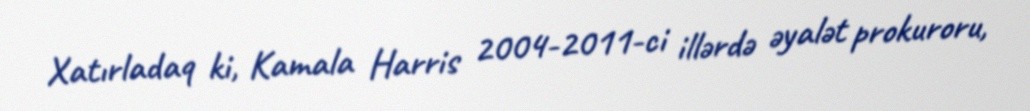
Xatırladaq ki, Kamala Harris 2004-2011-ci illərdə əyalət prokuroru,